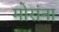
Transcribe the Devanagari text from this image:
मोरांना